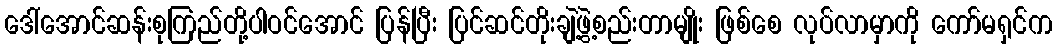
ဒေါ်အောင်ဆန်းစုကြည်တို့ပါဝင်အောင် ပြန်ပြီး ပြင်ဆင်တိုးချဲ့ဖွဲ့စည်းတာမျိုး ဖြစ်စေ လုပ်လာမှာကို ကော်မရှင်က